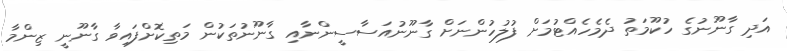
އަދި ގާނޫނުގެ ހުކޫމަތު ދެމެހެއްޓުމަށް ފުލުހުންނަށް ގާނޫނުއަސާސީންނާއި ގާނޫނުތަކުން މަތިކޮށްފައިވާ ގާނޫނީ ޒިންމާ